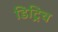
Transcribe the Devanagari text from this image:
डिट्रिच